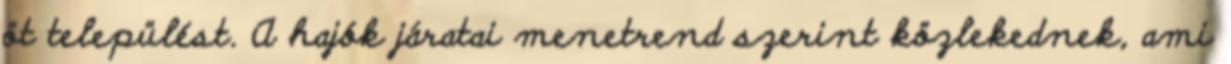
öt települést. A hajók járatai menetrend szerint közlekednek, ami